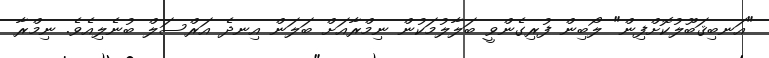
"އަނބިޤަބޫލުކޮށްފިން" ލޯބިން ފުރިގެންވީ ބަލާލުމަކުން ނިމްރާއަށް ބަލަން އިނދެ އަރްސަލް ބުނެލިއެވެ. ނިމްރާ